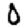
Digit: 0